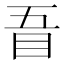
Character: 𥄪